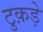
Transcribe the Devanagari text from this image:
टुक़ड़े